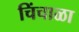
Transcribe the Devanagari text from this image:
चिंचाळा